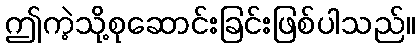
ဤကဲ့သို့စုဆောင်းခြင်းဖြစ်ပါသည်။